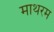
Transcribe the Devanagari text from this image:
माथरम